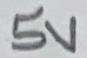
Text: 5V